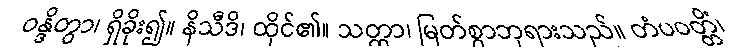
ဝန္ဒိတွာ၊ ရှိခိုး၍။ နိသီဒိ၊ ထိုင်၏။ သတ္ထာ၊ မြတ်စွာဘုရားသည်။ တံပဝတ္တိံ၊